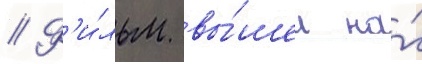
// Ф'и́льм вы́шел на́